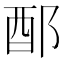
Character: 𨟰